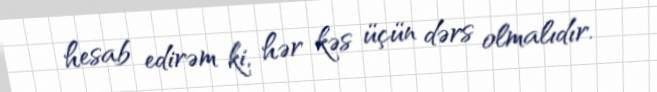
hesab edirəm ki, hər kəs üçün dərs olmalıdır.